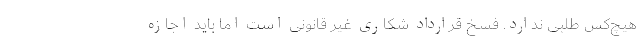
هیچ‌کس طلبی ندارد. فسخ قرارداد شکاری غیر قانونی است اما باید اجازه